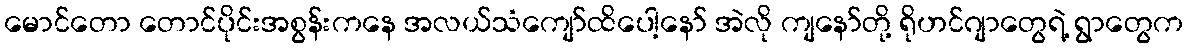
မောင်တော တောင်ပိုင်းအစွန်းကနေ အလယ်သံကျော်ထိပေါ့နော် အဲလို ကျနော်တို့ ရိုဟင်ဂျာတွေရဲ့ ရွာတွေက